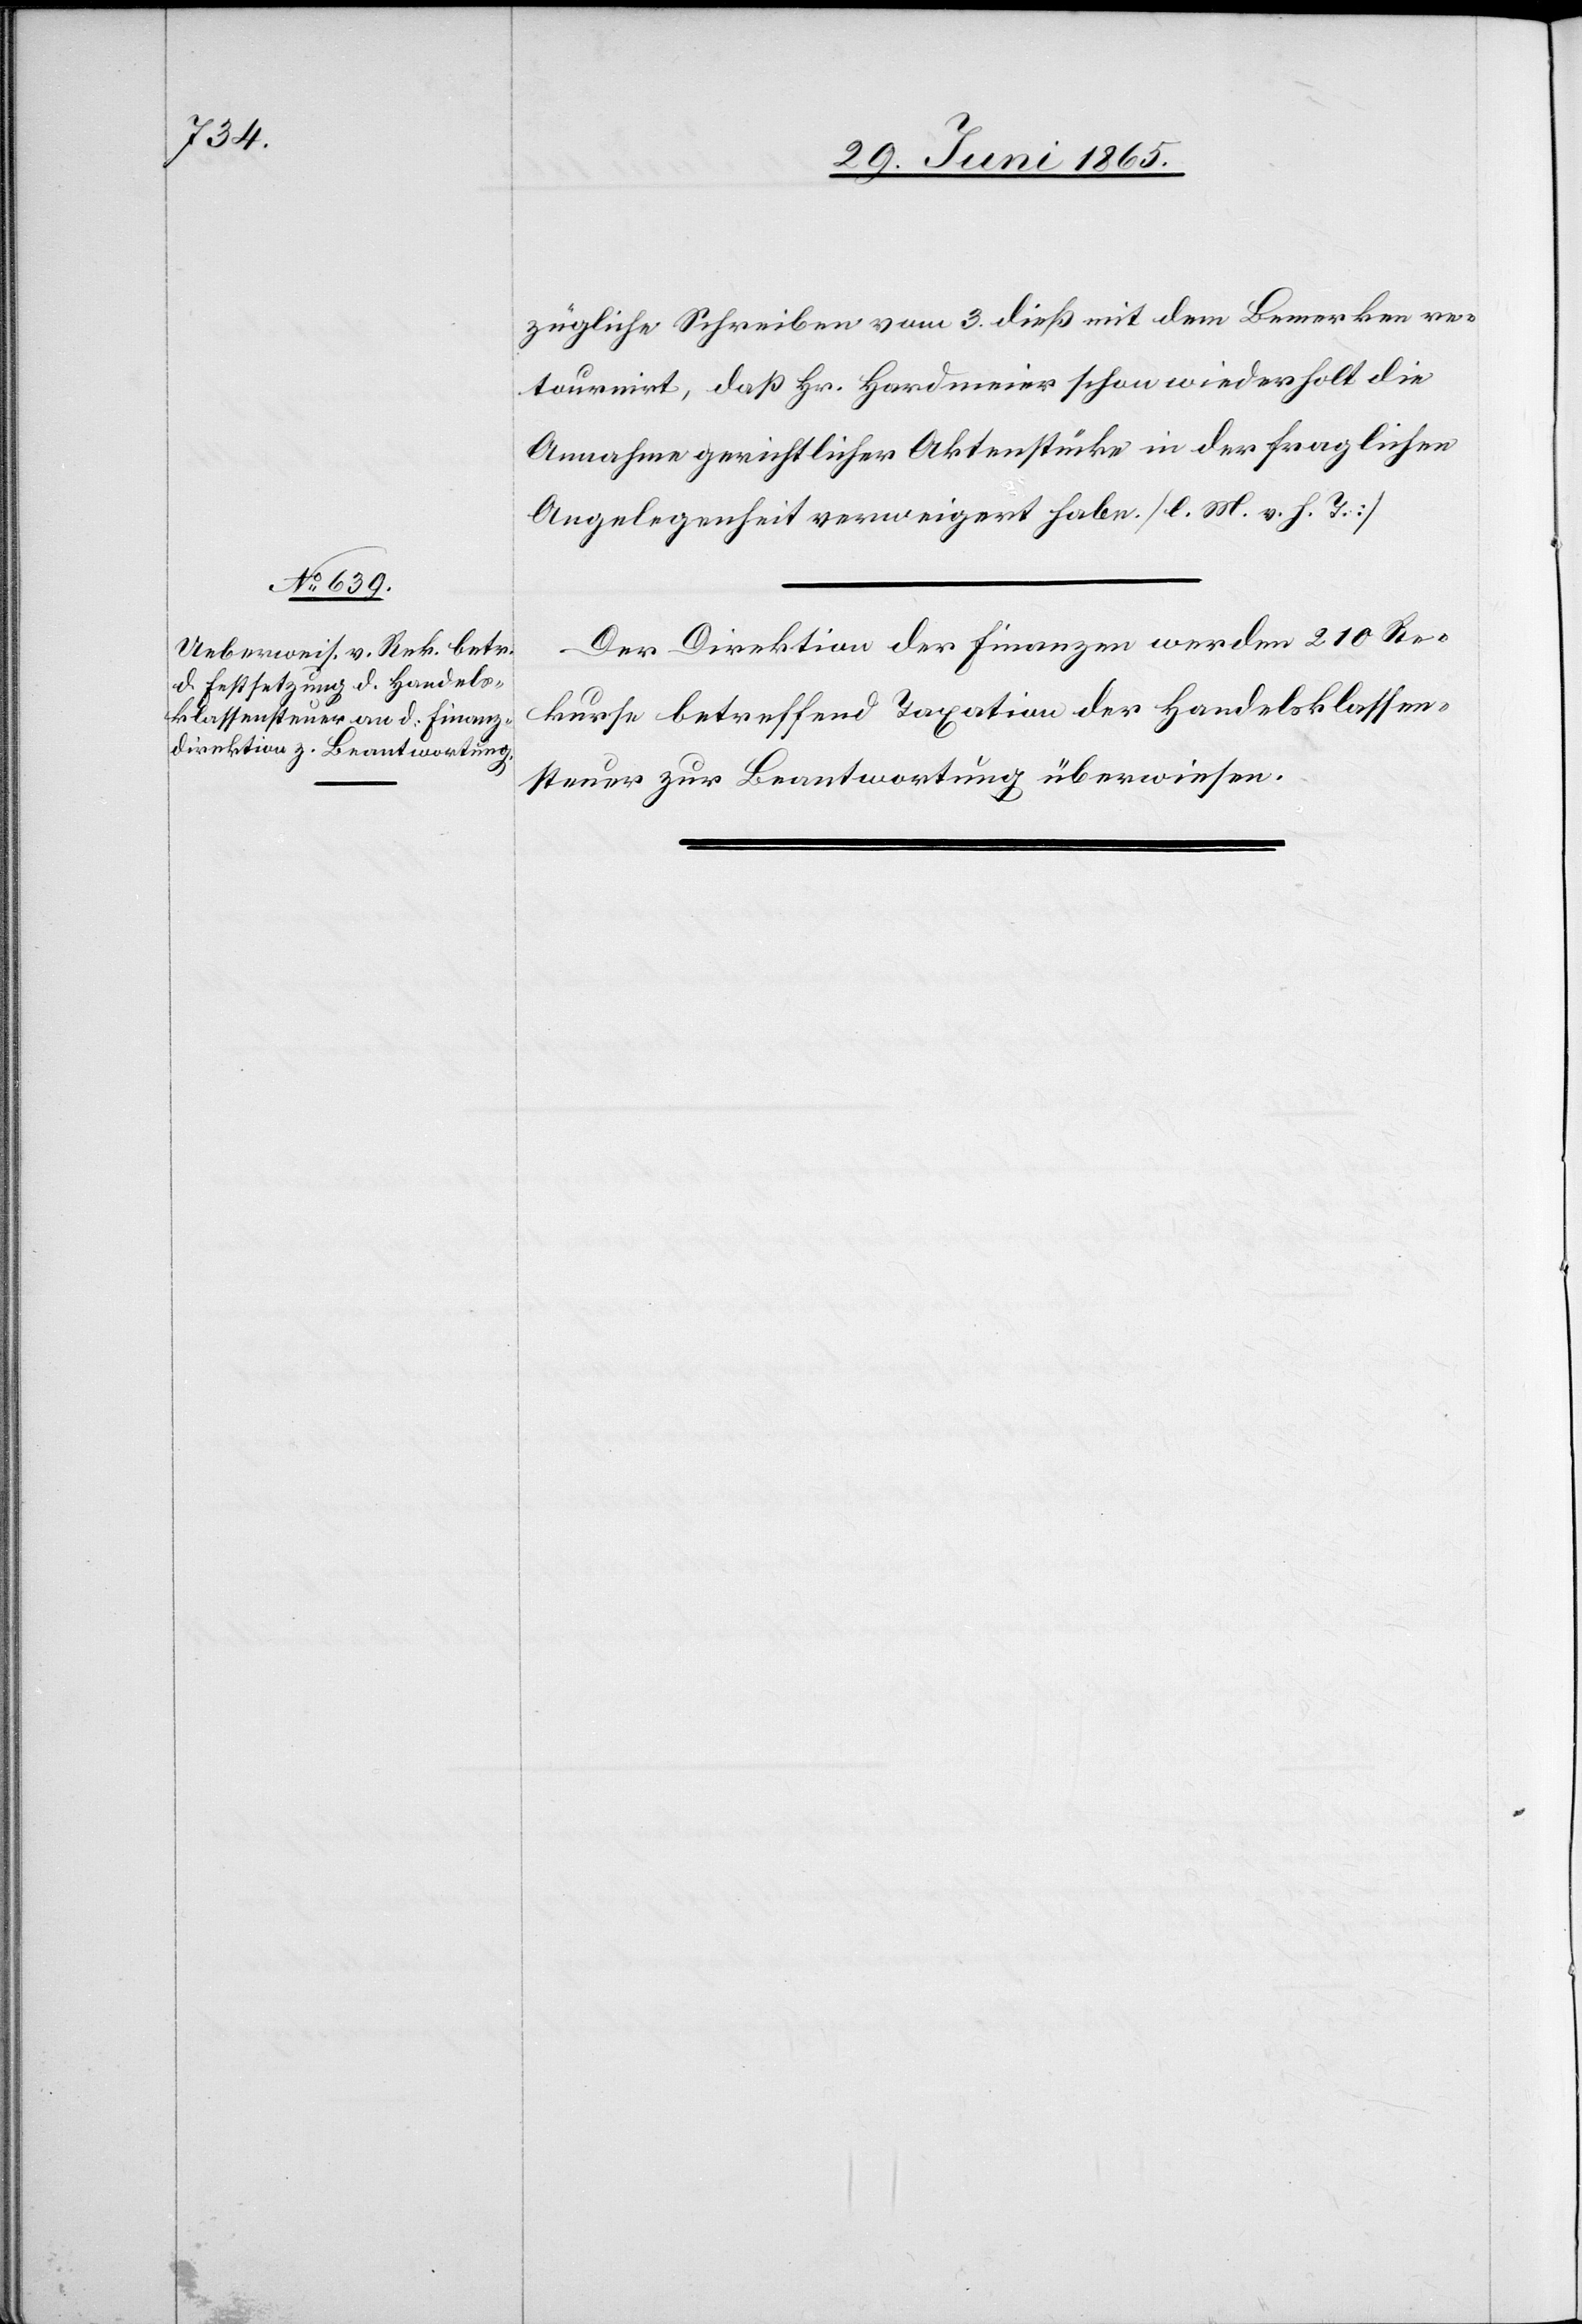
30. Juni 1865.]
zügliche Schreiben vom 3. dieß mit dem Bemerken re¬
tournirt, daß Hr. Hardmeier schon wiederholt die
Annahme gerichtlicher Aktenstücke in der fraglichen
Angelegenheit verweigert habe. [l. M. v. h. T.]
Der Direktion der Finanzen werden 210 Re¬
kurse betreffend Taxation der Handelsklassen¬
steuer zur Beantwortung überwiesen.